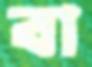
বা